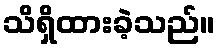
သိရှိထားခဲ့သည်။